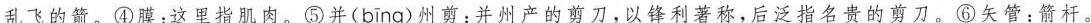
乱飞的箭。④膜：这里指肌肉。⑤并( bīng )州剪：并州产的剪刀，以锋利著称，后泛指名贵的剪刀。⑥矢管：箭杆。